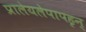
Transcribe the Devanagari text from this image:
प्रालेयलेपापहृन्